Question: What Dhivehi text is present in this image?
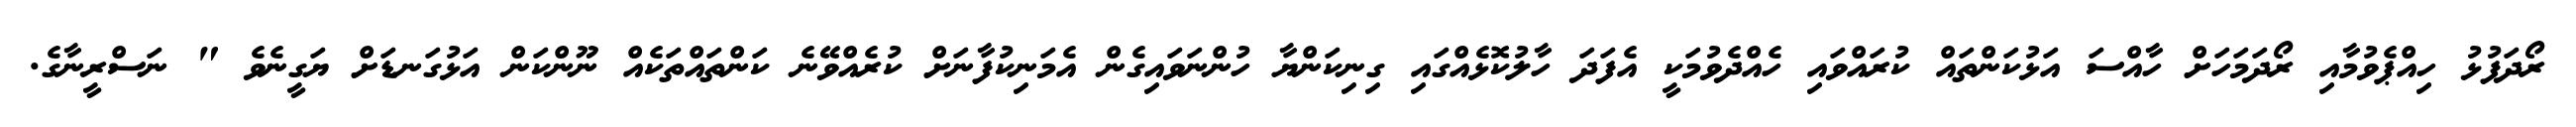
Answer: ރޯދަފުޅު ހިއްޕެވުމާއި ރޯދަމަހަށް ހާއްސަ އަޅުކަންތައް ކުރައްވައި ހެއްދެވުމަކީ އެފަދަ ހާލުކޮޅެއްގައި ގިނިކަންޔާ ހުންނަވައިގެން އެމަނިކުފާނަށް ކުރެއްވޭނެ ކަންތައްތަކެއް ނޫންކަން އަޅުގަނޑަށް ޔަގީނެވެ " ނަސްރީނާގެ.